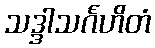
သဒ္ဒါသင်္ဂဟိတံ